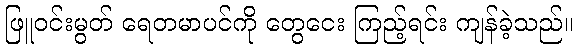
ဖြူဝင်းမွတ် ရေတမာပင်ကို တွေငေး ကြည့်ရင်း ကျန်ခဲ့သည်။